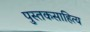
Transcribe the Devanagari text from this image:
पुस्तकसाहित्य